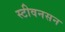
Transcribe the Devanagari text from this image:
स्टीवनसन